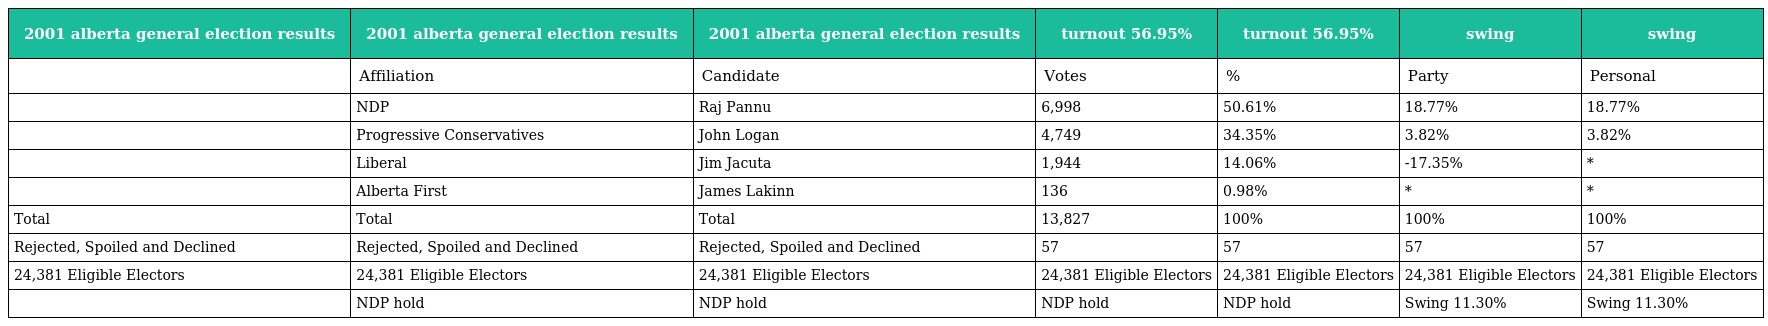
| 2001 alberta general election results | 2001 alberta general election results | 2001 alberta general election results | turnout 56.95% | turnout 56.95% | swing | swing |
 | --- | --- | --- | --- | --- | --- | --- |
 |  | Affiliation | Candidate | Votes | % | Party | Personal |
 |  | NDP | Raj Pannu | 6,998 | 50.61% | 18.77% | 18.77% |
 |  | Progressive Conservatives | John Logan | 4,749 | 34.35% | 3.82% | 3.82% |
 |  | Liberal | Jim Jacuta | 1,944 | 14.06% | -17.35% | * |
 |  | Alberta First | James Lakinn | 136 | 0.98% | * | * |
 | Total | Total | Total | 13,827 | 100% | 100% | 100% |
 | Rejected, Spoiled and Declined | Rejected, Spoiled and Declined | Rejected, Spoiled and Declined | 57 | 57 | 57 | 57 |
 | 24,381 Eligible Electors | 24,381 Eligible Electors | 24,381 Eligible Electors | 24,381 Eligible Electors | 24,381 Eligible Electors | 24,381 Eligible Electors | 24,381 Eligible Electors |
 |  | NDP hold | NDP hold | NDP hold | NDP hold | Swing 11.30% | Swing 11.30% |